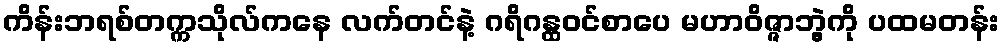
ကိန်းဘရစ်တက္ကသိုလ်ကနေ လက်တင်နဲ့ ဂရိဂန္ထဝင်စာပေ မဟာဝိဇ္ဇာဘွဲ့ကို ပထမတန်း